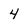
Character: 4